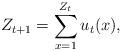
LaTeX: \begin{align*} Z_{t+1}=\sum_{x=1}^{Z_t} u_t(x),\end{align*}